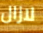
لازال